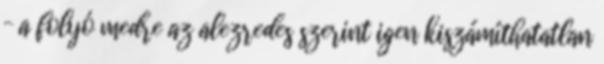
– a folyó medre az alezredes szerint igen kiszámíthatatlan